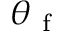
\theta _ { \mathrm { ~ f ~ } }